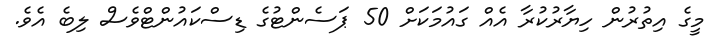
މީގެ އިތުރުން ހިޔާރުކުރާ އެއް ގައުމަކަށް 50 ޕަސެންޓުގެ ޑިސްކައުންޓްވެސް ލިބެ އެވެ.